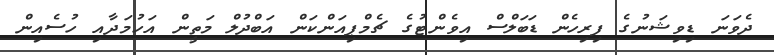
ދެވަނަ ޑިވިޝަނުގެ ފިރިހެން ޑަބަލްސް އިވެންޓުގެ ޗެމްޕިއަންކަން އަބްދުލް މަތީން އަހުމަދާއި ހުސެއިން